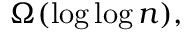
\Omega ( \log \log n ) ,